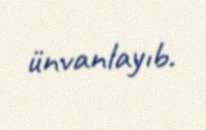
ünvanlayıb.